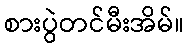
စားပွဲတင်မီးအိမ်။